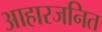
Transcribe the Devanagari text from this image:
आहारजनित